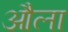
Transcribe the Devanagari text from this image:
औला